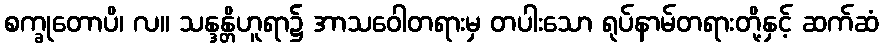
စက္ခုတောပိ၊ လ။ သန္ဒန္တိဟူရာ၌ အာသဝေါတရားမှ တပါးသော ရုပ်နာမ်တရားတို့နှင့် ဆက်ဆံ